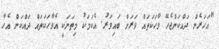
"އަހަރެން ދައްކަންޖެހޭ ވާހަކަތައް ވަރަށް ބައިވަރު. އެކަމަކު މިތަނަކީ އެވާހަކަތައް ދައްކަން އެހާ